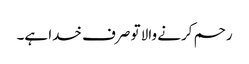
رحم کرنے والا تو صرف خدا ہے۔